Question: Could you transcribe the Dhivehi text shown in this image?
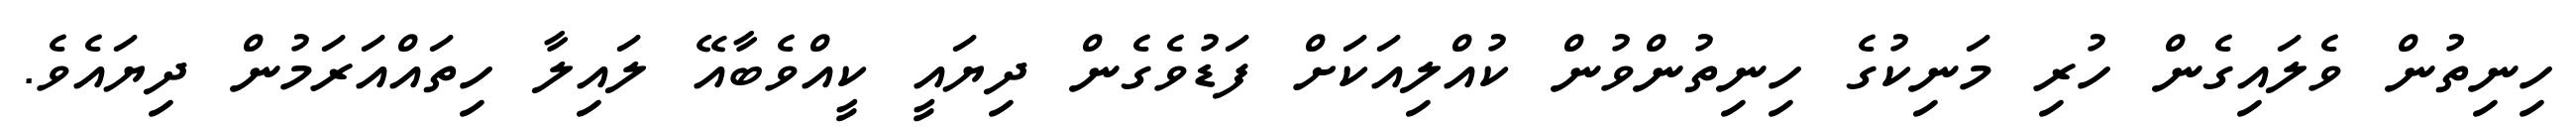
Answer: ހިނިތުން ވެލައިގެން ހުރި މަނިކުގެ ހިނިތުންވުން ކުއްލިއަކަށް ފަޑުވެގެން ދިޔައީ ކީއްވެބާއޭ ލައިލާ ހިތައްއަރަމުން ދިޔައެވެ.